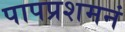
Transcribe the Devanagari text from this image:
पापप्रशमनं